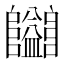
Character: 𱁄